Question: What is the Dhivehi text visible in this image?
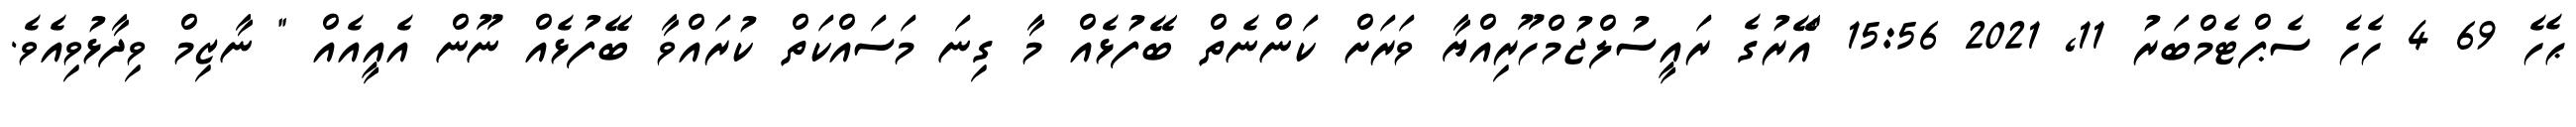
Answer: ޙެހެ 69 4 ހެހެ ސެޕްޓެމްބަރު 11, 2021 15:56 "އޭރުގެ ރައީސުލްޖުމްހޫރިއްޔާ ވަރަށް ކަންނެތް ބޭފުޅެއް މާ ގިނަ މަސައްކަތް ކުރައްވާ ބޭފުޅެއް ނޫން އެއީއެއް " ނާޒިމް ވިދާޅުވިއެވެ.